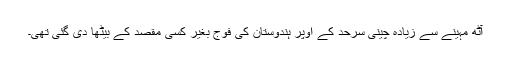
آٹھ مہینے سے زیادہ چینی سرحد کے اوپر ہندوستان کی فوج بغیر کسی مقصد کے بیٹھا دی گئی تھی۔